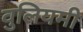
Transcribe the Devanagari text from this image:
वुलियमी